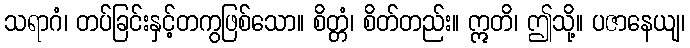
သရာဂံ၊ တပ်ခြင်းနှင့်တကွဖြစ်သော။ စိတ္တံ၊ စိတ်တည်း။ ဣတိ၊ ဤသို့။ ပဇာနေယျ၊